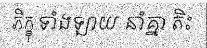
ភិក្ខុ ទាំងឡាយ នាំគ្នា តិះ